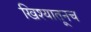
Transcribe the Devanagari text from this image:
खिश्यातूनच